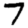
Digit: 7